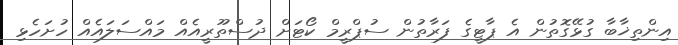
އިންތިޚާބާ ގުޅޭގޮތުން އެ ޕާޓީގެ ފަރާތުން ސުޕްރީމް ކޯޓަށް ދުސްތޫރީއެއް މައްސަލައެއް ހުށަހެޅި